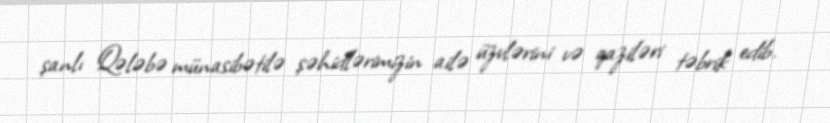
şanlı Qələbə münasibətilə şəhidlərimizin ailə üzvlərini və qaziləri təbrik edib.